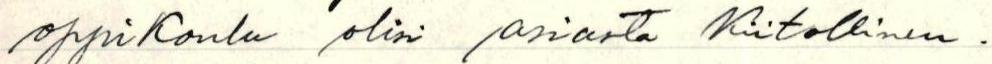
oppikoulu olisi asiasta kiitollinen.